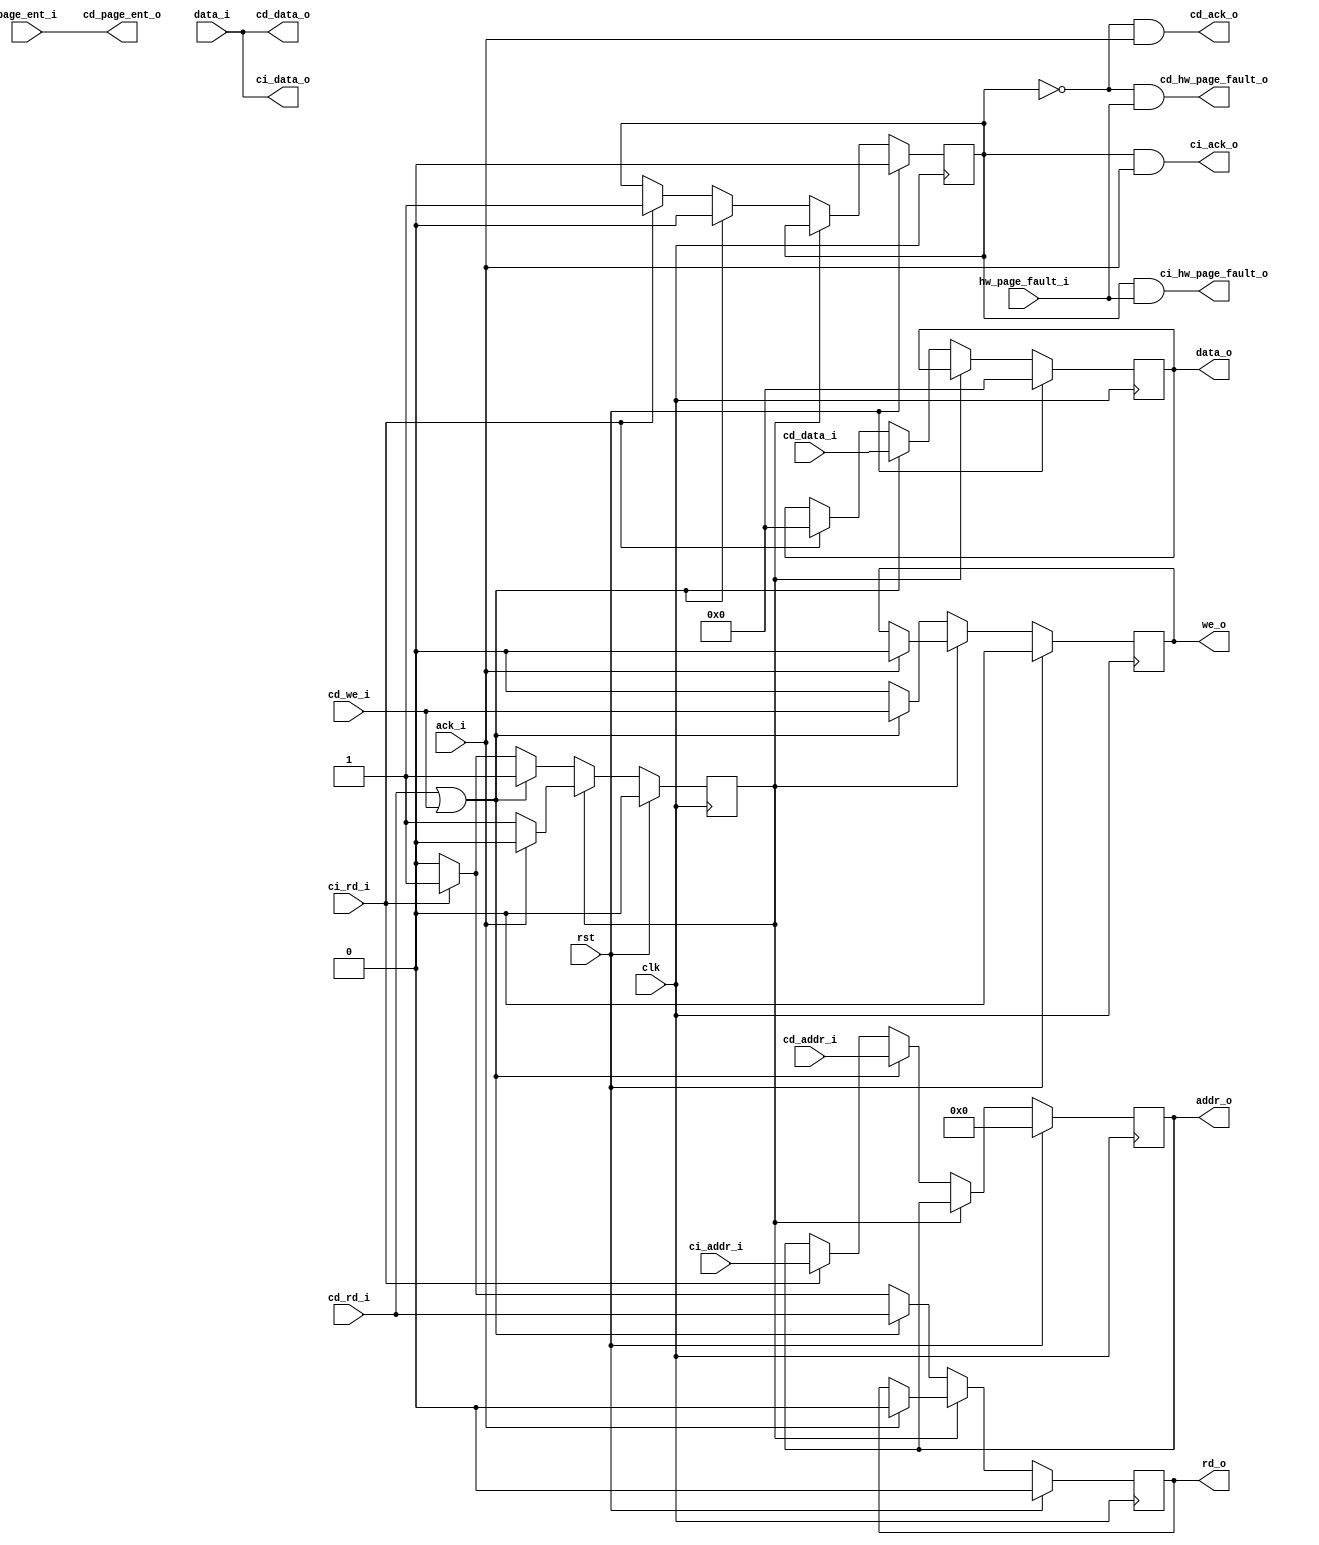
module arbiter(
    input  clk,
    input  rst,

    input  [ 31:0]  cd_addr_i,
    output [255:0]  cd_data_o,
    output [ 31:0]  cd_page_ent_o,
    input  [255:0]  cd_data_i,
    input           cd_we_i,
    input           cd_rd_i,
    output          cd_ack_o,
    output          cd_hw_page_fault_o,

    input  [ 31:0]  ci_addr_i,
    output [255:0]  ci_data_o,
    input           ci_rd_i,
    output          ci_ack_o,
    output          ci_hw_page_fault_o,

    output reg [ 31:0]  addr_o,
    input      [255:0]  data_i,
    output reg [255:0]  data_o,
    output reg          we_o,
    output reg          rd_o,
    input               ack_i,
    input               hw_page_fault_i,
    input      [ 31:0]  page_ent_i
    );

    reg     ci_operating;
    reg     in_operation;

    assign  cd_data_o           = data_i;
    assign  cd_page_ent_o       = page_ent_i;
    assign  cd_ack_o            = ~ci_operating && ack_i;
    assign  cd_hw_page_fault_o  = ~ci_operating && hw_page_fault_i;

    assign  ci_data_o           = data_i;
    assign  ci_ack_o            = ci_operating && ack_i;
    assign  ci_hw_page_fault_o  = ci_operating && hw_page_fault_i;

    task init;
    begin
        ci_operating    <= 0;
        in_operation    <= 0;
        addr_o          <= 0;
        data_o          <= 256'b0;
        we_o            <= 0;
        rd_o            <= 0;
    end
    endtask

    initial init();

    always @(posedge clk) begin
        if (rst) init();
        else begin
            if (in_operation) begin
                if (ack_i) begin
                    in_operation    <= 0;
                    rd_o            <= 0;
                    we_o            <= 0;
                end
            end
            else begin
                if (cd_rd_i || cd_we_i) begin
                    ci_operating    <= 0;
                    in_operation    <= 1;
                    addr_o          <= cd_addr_i;
                    data_o          <= cd_data_i;
                    we_o            <= cd_we_i;
                    rd_o            <= cd_rd_i;
                end
                else if (ci_rd_i) begin
                    ci_operating    <= 1;
                    in_operation    <= 1;
                    addr_o          <= ci_addr_i;
                    data_o          <= 256'b0;
                    we_o            <= 1'b0;
                    rd_o            <= 1'b1;
                end
                else begin
                    in_operation    <= 0;
                    rd_o            <= 0;
                    we_o            <= 0;
                end
            end
        end
    end

endmodule